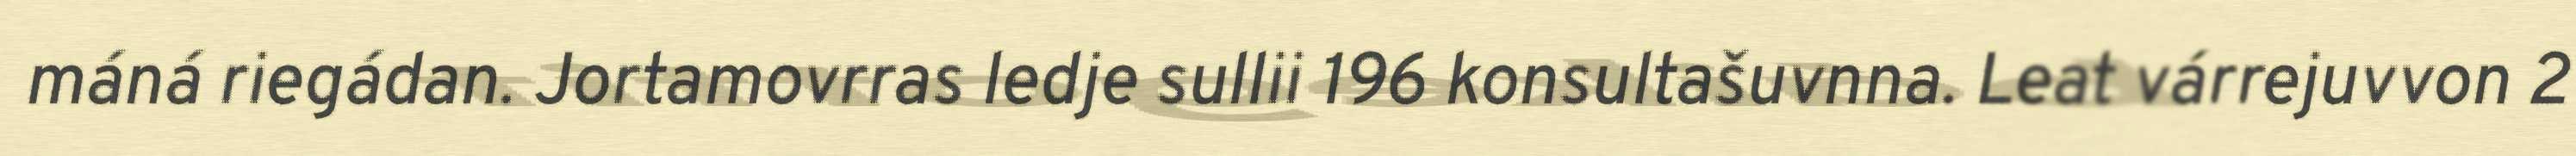
máná riegádan. Jortamovrras ledje sullii 196 konsultašuvnna. Leat várrejuvvon 2